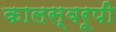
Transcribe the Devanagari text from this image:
कालस्वरूपी